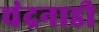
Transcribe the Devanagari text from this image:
चंद्रनाडी